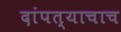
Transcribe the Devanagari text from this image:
दांपत्याचाच